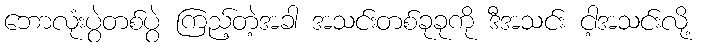
ဘောလုံးပွဲတစ်ပွဲ ကြည့်တဲ့အခါ အသင်းတစ်ခုခုကို ဒီအသင်း ငါ့အသင်းလို့